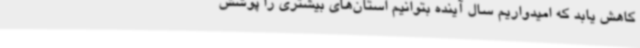
کاهش یابد که امیدواریم سال آینده بتوانیم استان‌های بیشتری را پوشش